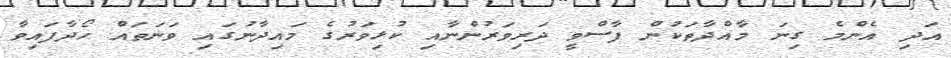
އަދި އެންމެ ގިނަ މާއްދާތަކުން ފާސްވީ ދަރިވަރުންނާއި ކުޅިވަރުގެ މައިދާނުގައި ވަނަތައް ހޯދާފައިވާ